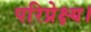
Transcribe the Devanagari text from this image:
परिप्रेक्ष्य।